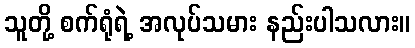
သူတို့ စက်ရုံရဲ့ အလုပ်သမား နည်းပါသလား။